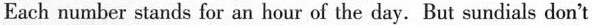
Each number stands for an hour of the day. But sundials don't